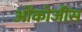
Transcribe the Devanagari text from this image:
ओंकोजींस